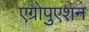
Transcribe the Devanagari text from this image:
एग्रोपुएशन